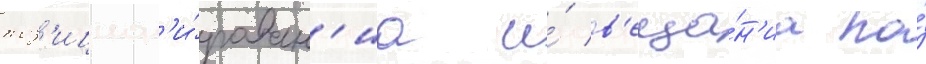
поз'ицион'и́рован'иа и́ в'еща́н'иа по́